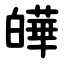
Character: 皣